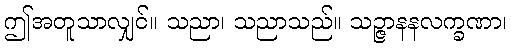
ဤအတူသာလျှင်။ သညာ၊ သညာသည်။ သဉ္ဇာနနလက္ခဏာ၊